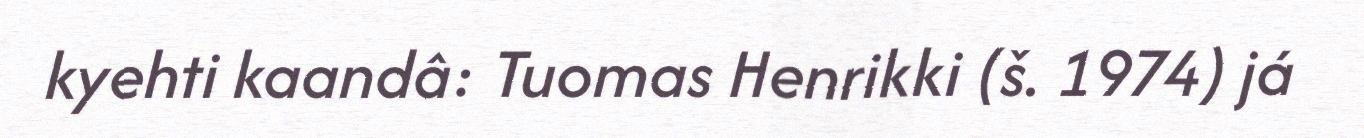
kyehti kaandâ: Tuomas Henrikki (š. 1974) já